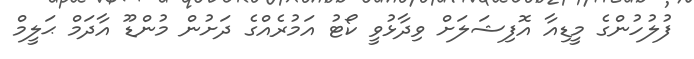
ފުލުހުންގެ މީޑިއާ އޮފިޝަލަށް ވިދާޅުވީ ކޯޓު އަމުރެއްގެ ދަށުން މުންޑޫ އާދަމް ޙަލީމް